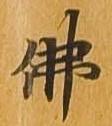
仏